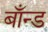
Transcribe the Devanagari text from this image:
बाँन्ड